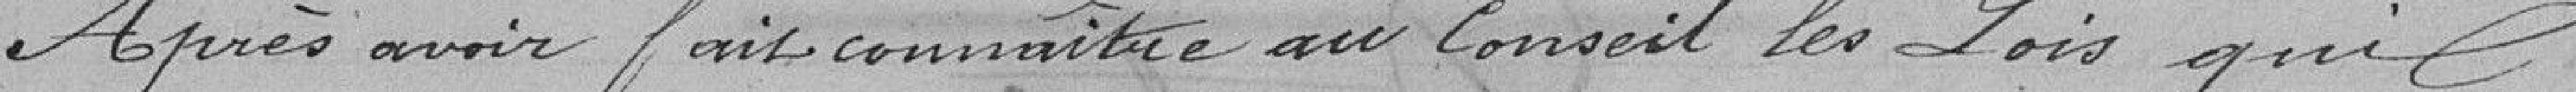
Après avoir fait connaître au Conseil des Lois qui